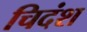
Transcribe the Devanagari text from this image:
चिदंश